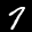
Label: 7